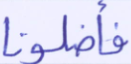
فأضلونا